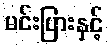
မင်းပြားနှင့်